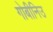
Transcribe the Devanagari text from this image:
गोबीनिउ